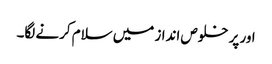
اور پر خلوص انداز میں سلام کرنے لگا۔